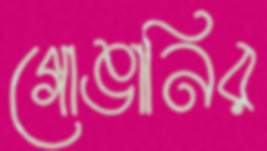
গোঙানির